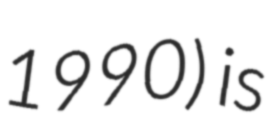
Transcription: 1990) is